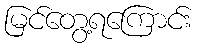
မြင်တွေ့ရကြောင်း